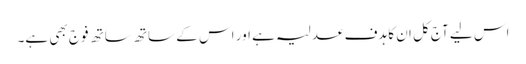
اس لیے آج کل ان کا ہدف عدلیہ ہے اور اس کے ساتھ ساتھ فوج بھی ہے۔